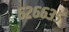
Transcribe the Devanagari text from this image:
६२६६३५